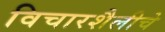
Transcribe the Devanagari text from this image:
विचारशैलीचे